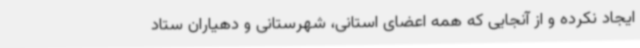
ایجاد نکرده و از آنجایی که همه اعضای استانی، شهرستانی و دهیاران ستاد